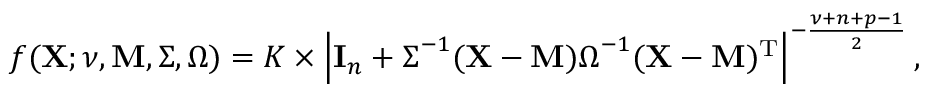
f ( \mathbf { X } ; \nu , \mathbf { M } , { \boldsymbol { \Sigma } } , { \boldsymbol { \Omega } } ) = K \times \left| \mathbf { I } _ { n } + { \boldsymbol { \Sigma } } ^ { - 1 } ( \mathbf { X } - \mathbf { M } ) { \boldsymbol { \Omega } } ^ { - 1 } ( \mathbf { X } - \mathbf { M } ) ^ { \mathrm { { T } } } \right| ^ { - { \frac { \nu + n + p - 1 } { 2 } } } ,